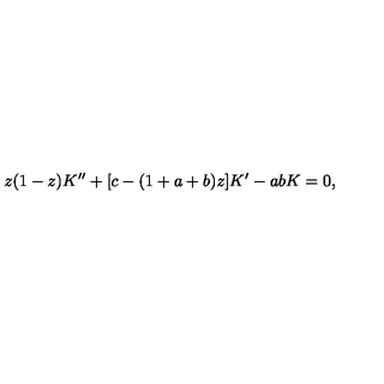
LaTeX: z ( 1 - z ) K ^ { \prime \prime } + [ c - ( 1 + a + b ) z ] K ^ { \prime } - a b K = 0 ,